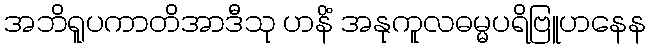
အဘိရူပကာတိအာဒီသု ဟနိံ အနုကူလဓမ္မပရိဗြူဟနေန